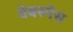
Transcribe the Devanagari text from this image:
वेबस्पेस